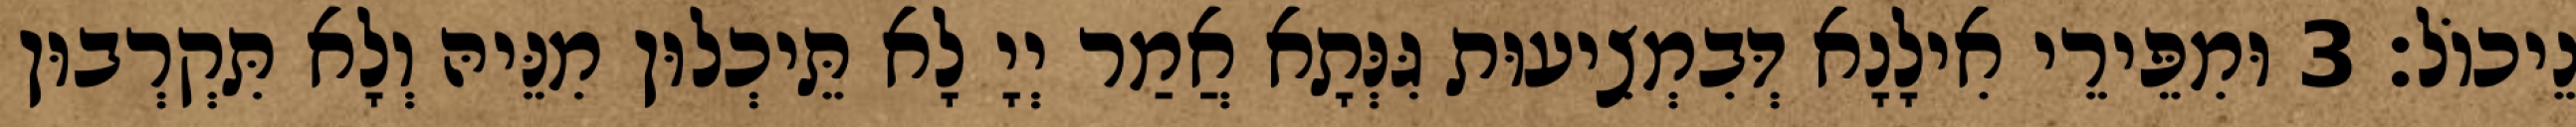
נֵיכוֹל׃ 3 וּמִפֵּירֵי אִילָנָא דְּבִמְצִיעוּת גִּנְּתָא אֲמַר יְיָ לָא תֵּיכְלוּן מִנֵּיהּ וְלָא תִּקְרְבוּן